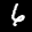
Label: 6